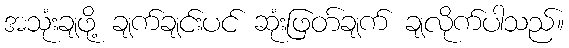
အသုံးချဖို့ ချက်ချင်းပင် ဆုံးဖြတ်ချက် ချလိုက်ပါသည်။